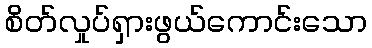
စိတ်လှုပ်ရှားဖွယ်ကောင်းသော